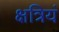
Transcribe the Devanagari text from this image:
क्षत्रियं